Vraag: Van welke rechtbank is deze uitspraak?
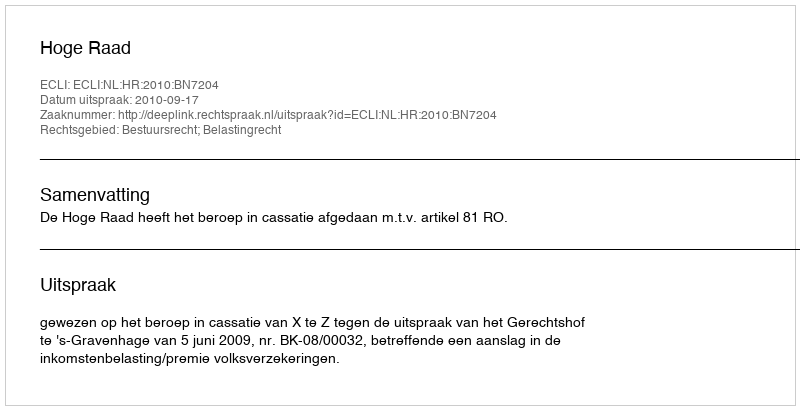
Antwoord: Hoge Raad